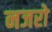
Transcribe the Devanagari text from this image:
नजरो